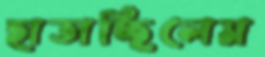
হাতাচ্ছিলেম